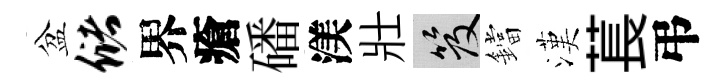
盆储界瘡磻渼壯笈鐺漢萇弔